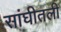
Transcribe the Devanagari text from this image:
सांघीतली